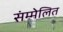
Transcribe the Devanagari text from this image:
संम्मेलित